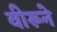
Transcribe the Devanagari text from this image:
वीरूने